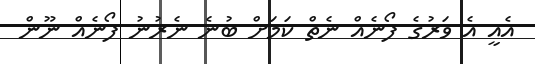
އެއީ އެ ވަރުގެ ފޯނެއް ނެތް ކަމަށް ބުނެ ނެރުނު ފޯނެއް ނޫން